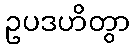
ဥပဒဟိတွာ